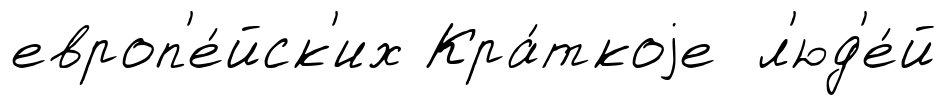
европ'е́йск'их Кра́ткоjе л'юд'е́й